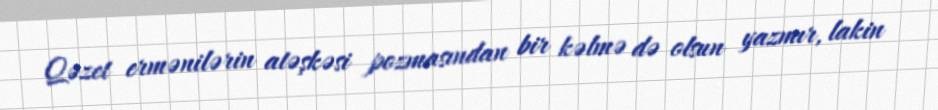
Qəzet ermənilərin atəşkəsi pozmasından bir kəlmə də olsun yazmır, lakin